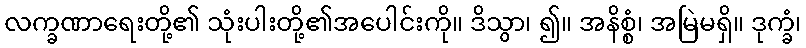
လက္ခဏာရေးတို့၏ သုံးပါးတို့၏အပေါင်းကို။ ဒိသွာ၊ ၍။ အနိစ္စံ၊ အမြဲမရှိ။ ဒုက္ခံ၊